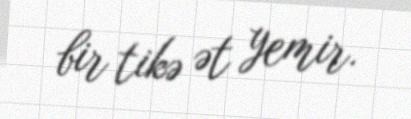
bir tikə ət yemir.